Medical and sanitary report of the native army of Bengal for the year
Year: 1874
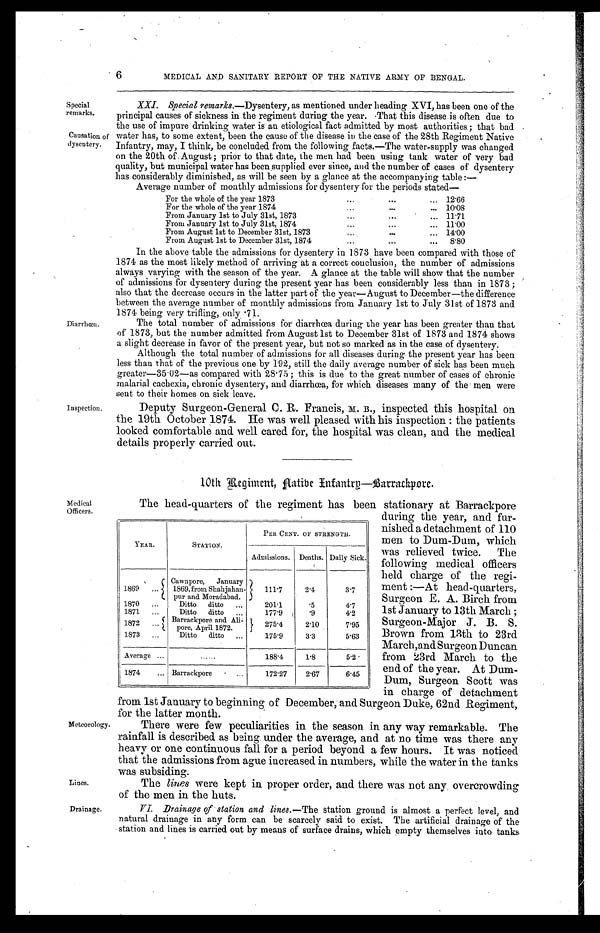
Special
remarks.
Causation of
dysentery.
6
MEDICAL AND SANITARY REPORT OF THE NATIVE ARMY OF BENGAL.
Diarrhœa.
Inspection.
Medical
Officers.
Meteorology.
Lines.
XXI. Special remarks. —Dysentery, as mentioned under heading XVI, has been one of the
principal causes of sickness in the regiment during the year. That this disease is often due to
the use of impure drinking water is au etiological fact admitted by most authorities ; that bad
water has, to some extent, been the cause of the disease in the case of the 28th Regiment Native
Infantry, may, I think, be concluded from the following facts.—The water-supply was changed
on the 20th of August ; prior to that date, the men had been using tank water of very bad
quality, but municipal water has been supplied ever since, and the number of cases of dysentery
has considerably diminished, as will be seen by a glance at the accompanying table :—
Average number of monthly admissions for dysentery for the periods stated—
For the whole of the year 1873 . . .
12.66
For the whole of the year 1874 . . .
1 0 . 0 8
From January 1st to July 31st, 1873 . . .
11.71
From January 1st to July 31st, 1874 . . .
11.00
From August 1st to December 31st, 1873 . . . 14.00
From August 1st to December 31st, 1874 . . .
8.80
In the above table the admissions for dysentery in 1873 have been compared with those of
1874 as the most likely method of arriving at a correct conclusion, the number of admissions
always varying with the season of the year. A glance at the table will show that the number
of admissions for dysentery during the present year has been considerably less than in 1873 ;
also that the decrease occurs in the latter part of the year—August to December—the difference
between the average number of monthly admissions from January 1st to July 31st of 1873 and
1874 being very trifling, only .71.
The total number of admissions for diarrhœa during the year has been greater than that
of 1873, but the number admitted from August 1st to December 31st of 1873 and 1874 shows
a slight decrease in favor of the present year, but not so marked as in the case of dysentery.
Although the total number of admissions for all diseases during the present year has been
less than that of the previous one by 192, still the daily average number of sick has been much
greater—35.02—as compared with 28.75 ; this is due to the great number of cases of chronic
malarial cachexia, chronic dysentery, and diarrhœa, for Which diseases many of the men were
sent to their homes on sick leave.
Deputy Surgeon-General C. R. Francis, M. B ., inspected this hospital on
the 19th October 1874. He was well pleased with his inspection : the patients
looked comfortable and well cared for, the hospital was clean, and the medical
details properly carried out.
10th Regiment, Aative Infantry—Barrackpore.
The head-quarters of the regiment has been stationary at Barrackpore
during the year, and fur
- n i s h e d a d e t a c h m e n t o f 1 1 0
men to Dum-Dum, which
was relieved twice. The
following medical officers
held charge of the regi
- m e n t : — A t h e a d - q u a r t e r s ,
Surgeon E. A. Birch from
1st January to 13th March
Surgeon-Major J. B. S.
Brown from 13th to 23rd
March, and Surgeon Duncan
from 23rd March to the
end of the year. At Dum
-
Dum, Surgeon Scott was
in charge of detachment
from 1st January to beginning of December, and Surgeon Duke, 62nd Regiment,
for the latter month.
There were few peculiarities in the season in any way remarkable. The
rainfall is described as being under the average, and at no time was there any
heavy or one continuous fall for a period beyond a few hours. It was noticed
that the admissions from ague increased in numbers, while the water in the tanks
was subsiding.
The lines were kept in proper order, and there was not any overcrowding
of the men in the huts.
YEAR.
STATION.
PER CENT. OF STRENGTH.
Admissions. Deaths. Daily Sick.
1869 . . .
Cawnpore, January
111.7
2.4
3.7
1869, from Shahjahan-
put and Moradabad.
1870 . . .
Ditto ditto . . .
201.1
.5
4.7
1871 . . .
Ditto ditto . . .
177.9
.9
4.2
1872 . . .
Barrackpore and Ali-
275.4
2.10
7.95
pore, April 1872.
1873 . . .
Ditto ditto . . .
175.9
3.3
5.63
Average . . .
. . .
188.4
1.8
5.2
1874 . . .
Barrackpore . . .
172.27
2.67
6.45
Drainage.
VI. Drainage of station and lines. —The station ground is almost a perfect level, and
natural drainage in any form can be scarcely said to exist. The artificial drainage of the
station and lines is carried out by means of surface drains, which empty themselves into tanks